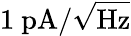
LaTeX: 1\ \mathrm{pA}/\sqrt{\mathrm{Hz}}